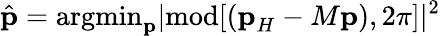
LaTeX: \hat{\textbf{p}}=\textrm{argmin}_{\textbf{p}}|\textrm{mod}[(\textbf{p}_{H}-M\textbf{p}),2\pi]|^{2}